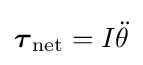
{\boldsymbol {\tau }}_{\mathrm {net} }=I{\ddot {\theta }}